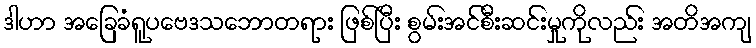
ဒါဟာ အခြေခံရူပဗေဒသဘောတရား ဖြစ်ပြီး စွမ်းအင်စီးဆင်းမှုကိုလည်း အတိအကျ